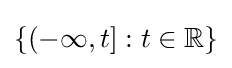
\left\{\left(-\infty ,t\right]:t\in \mathbb {R} \right\}